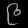
Digit: ၉